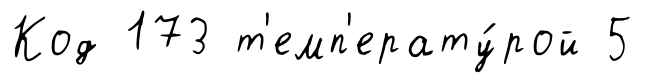
Код 173 т'емп'ерату́рой 5